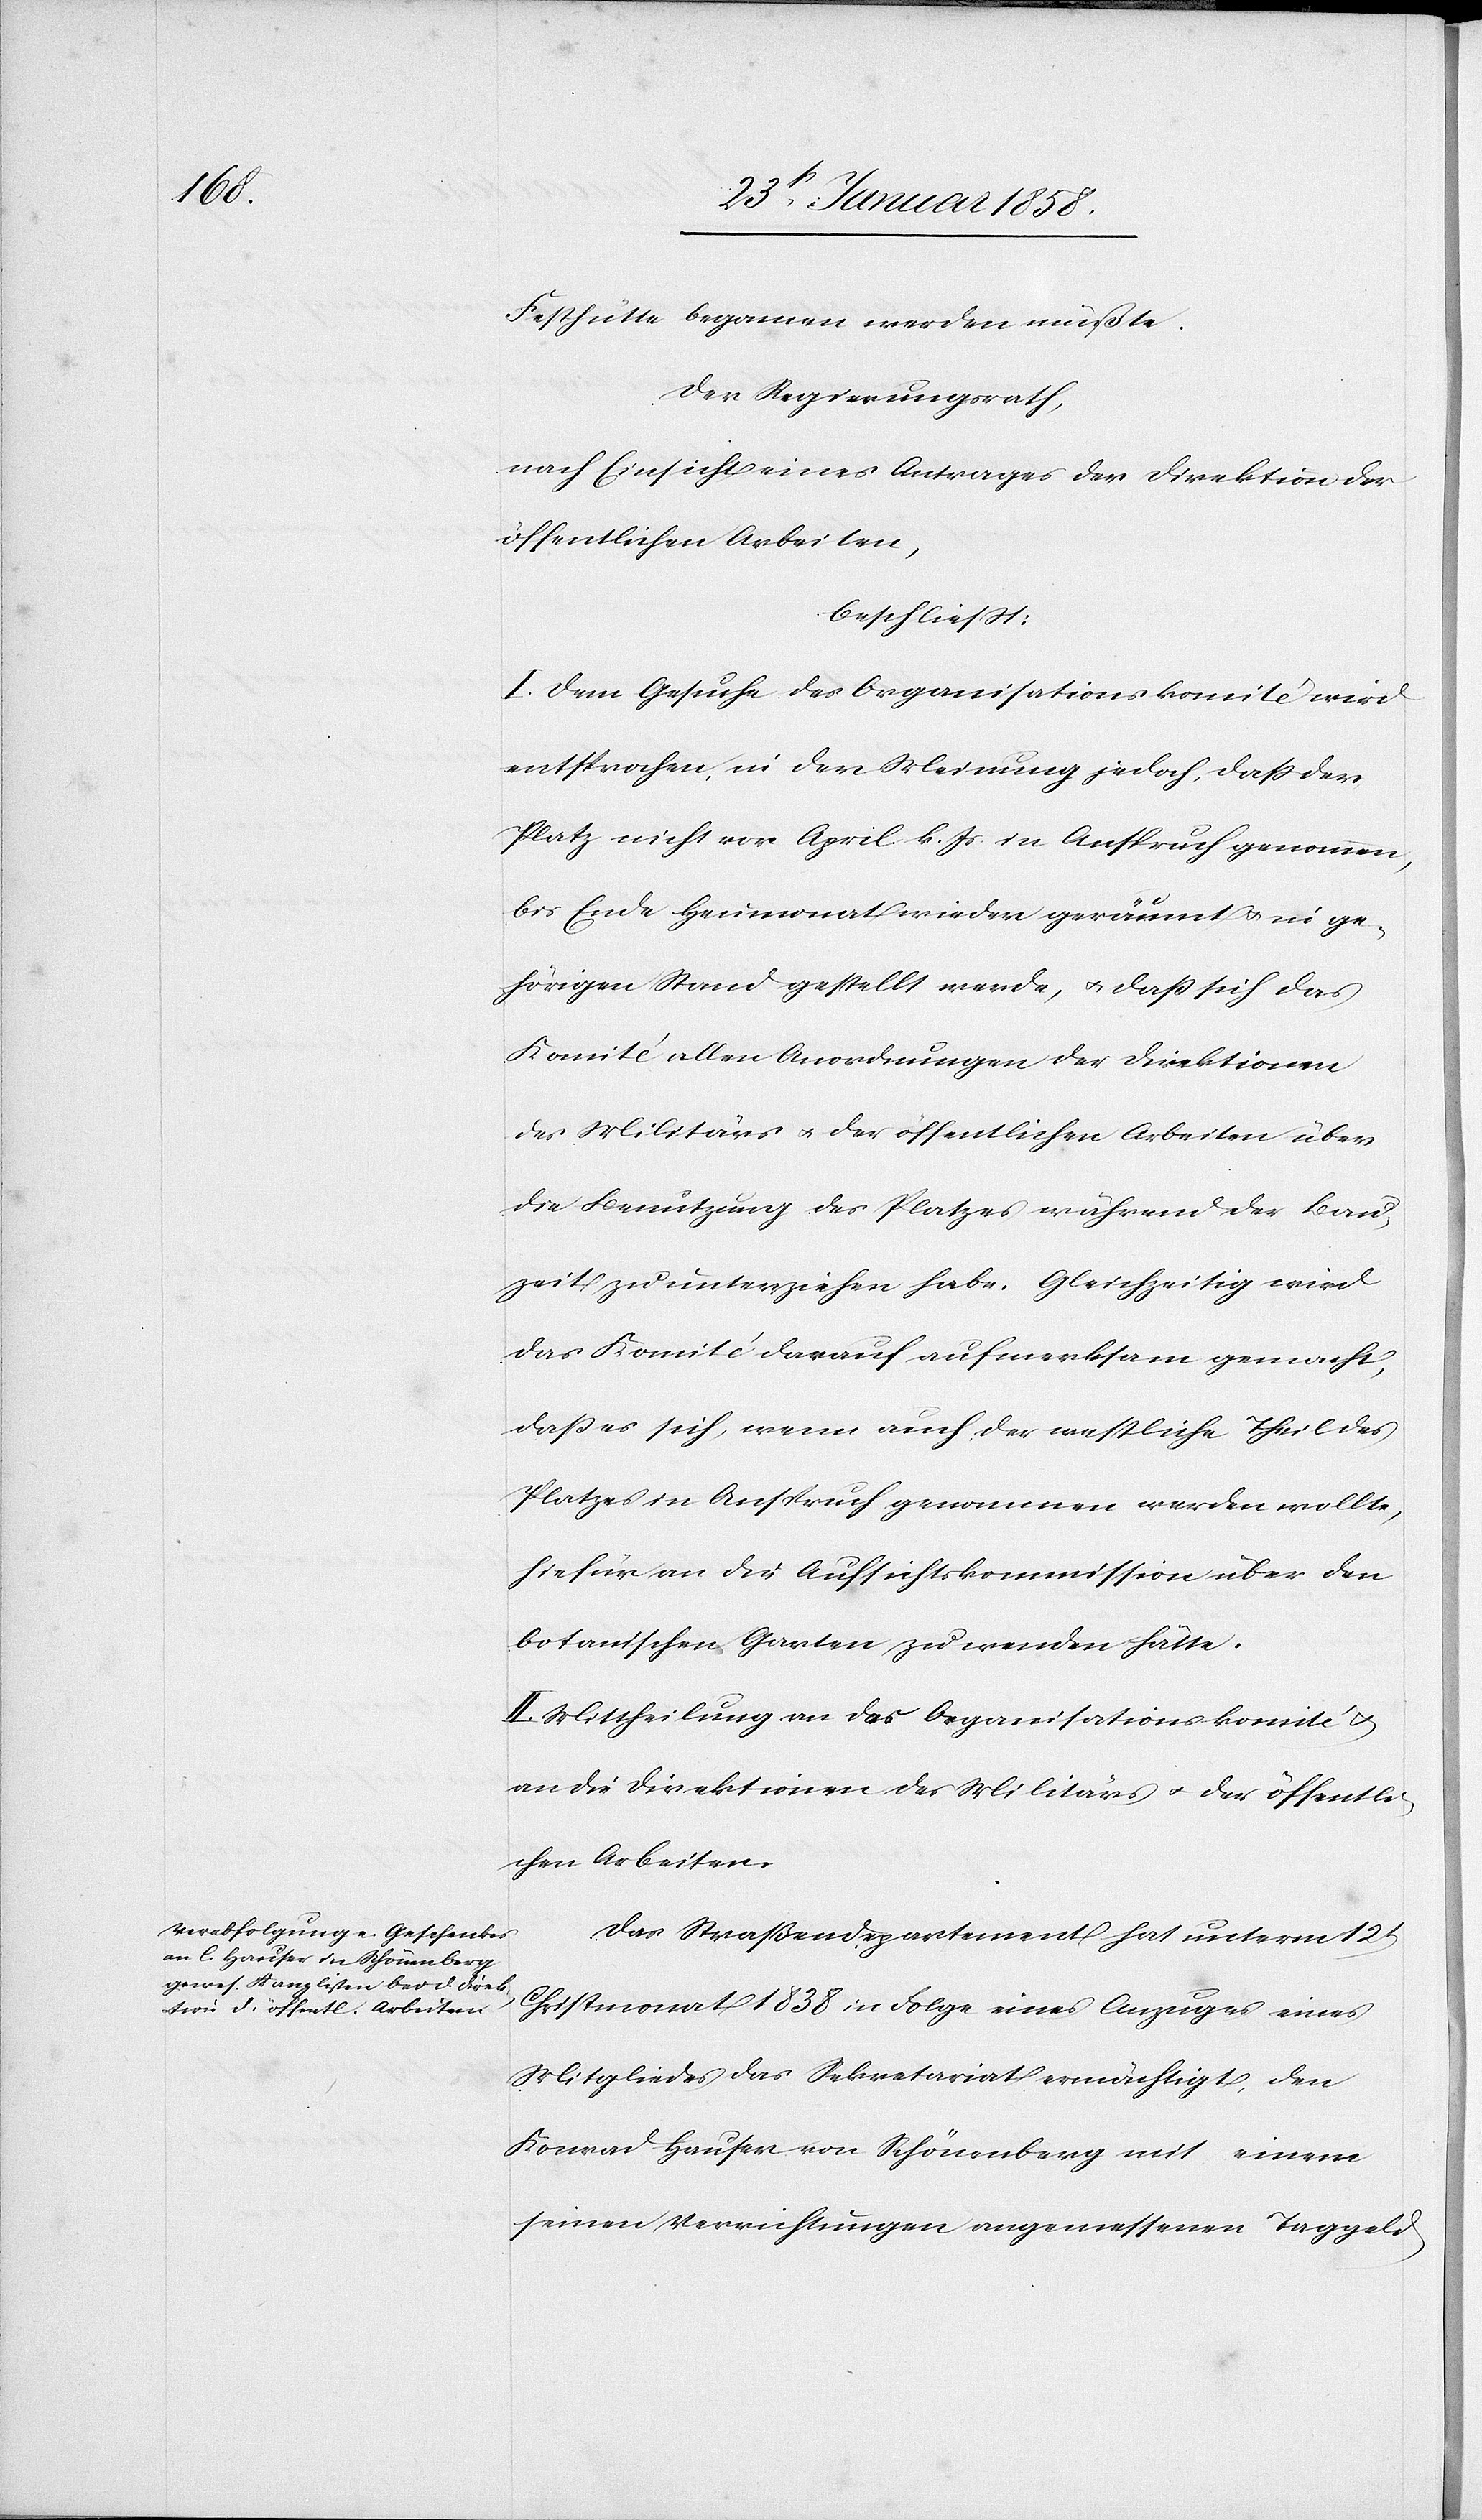
Festhütte begonnen werden müßte.
Der Regierungsrath,
nach Einsicht eines Antrages der Direktion der
öffentlichen Arbeiten,
beschließt:
I. Dem Gesuche des Organisationskomité wird
entsprochen, in der Meinung jedoch, daß der
Platz nicht vor April k. Js. in Anspruch genommen,
bis Ende Heumonat wieder geräumt u. in ge¬
hörigen Stand gestellt werde, u. daß sich das
Komité allen Anordnungen der Direktionen
des Militärs u. der öffentlichen Arbeiten über
die Benutzung des Platzes während der Bau¬
zeit zu unterziehen habe. Gleichzeitig wird
das Komité darauf aufmerksam gemacht,
daß es sich, wenn auch der westliche Theil des
Platzes in Anspruch genommen werden wollte,
hiefür an die Aufsichtskommission über den
botanischen Garten zu wenden hätte.
II. Mittheilung an das Organisationskomité u.
an die Direktionen des Militärs u. der öffentli¬
chen Arbeiten.
Das Straßendepartement hat unterm 12t
Christmonat 1838 in Folge eines Anzuges eines
Mitgliedes das Sekretariat ermächtigt, den
Konrad Hauser von Schönenberg mit einem
seinen Verrichtungen angemessenen Taggeld